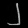
Digit: ၂